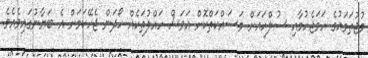
މުޖުތަމައުގެ ހަމަޖެހުމާއި ސުލްހައަށް މަސައްކަތްކޮށް އަވަސް ހައްލުތަކެއް ހޯދަން ޖެހޭކަމަަށް އެ ބަޔާނުގައިވެއެވެ.